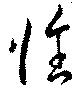
惟